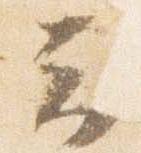
云